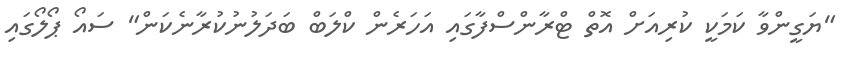
"ޔަގީންވާ ކަމަކީ ކުރިއަށް އޮތް ޓްރާންސްފާގައި އަހަރެން ކްލަބް ބަދަލުނުކުރާނެކަން" ސައޯ ޕޯލޯގައި